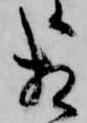
相